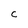
Character: C